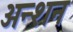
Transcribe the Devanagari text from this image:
अन्शन